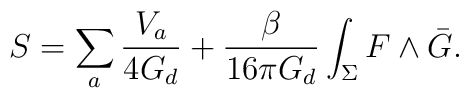
S = \sum_{a} \frac{V_{a}}{4G_{d}} + \frac{\beta}{16 \pi G_{d}}  \int_{\Sigma} F \wedge \bar{G}.